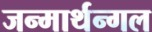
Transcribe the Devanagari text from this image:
जन्मार्थन्गल